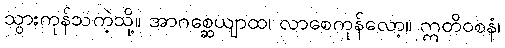
သွားကုန်သကဲ့သို့။ အာဂစ္ဆေယျာထ၊ လာစေကုန်လော့။ ဣတိဝစနံ၊